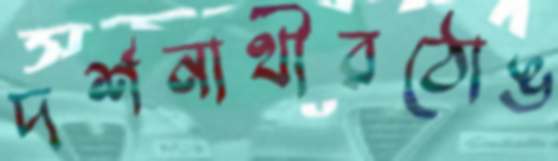
দর্শনার্থীরঠোঙ